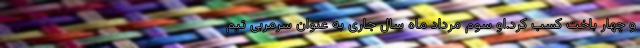
و چهار باخت کسب کرد.او سوم مرداد ماه سال جاری به عنوان سرمربی تیم